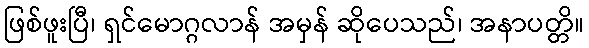
ဖြစ်ဖူးပြီ၊ ရှင်မောဂ္ဂလာန် အမှန် ဆိုပေသည်၊ အနာပတ္တိ။